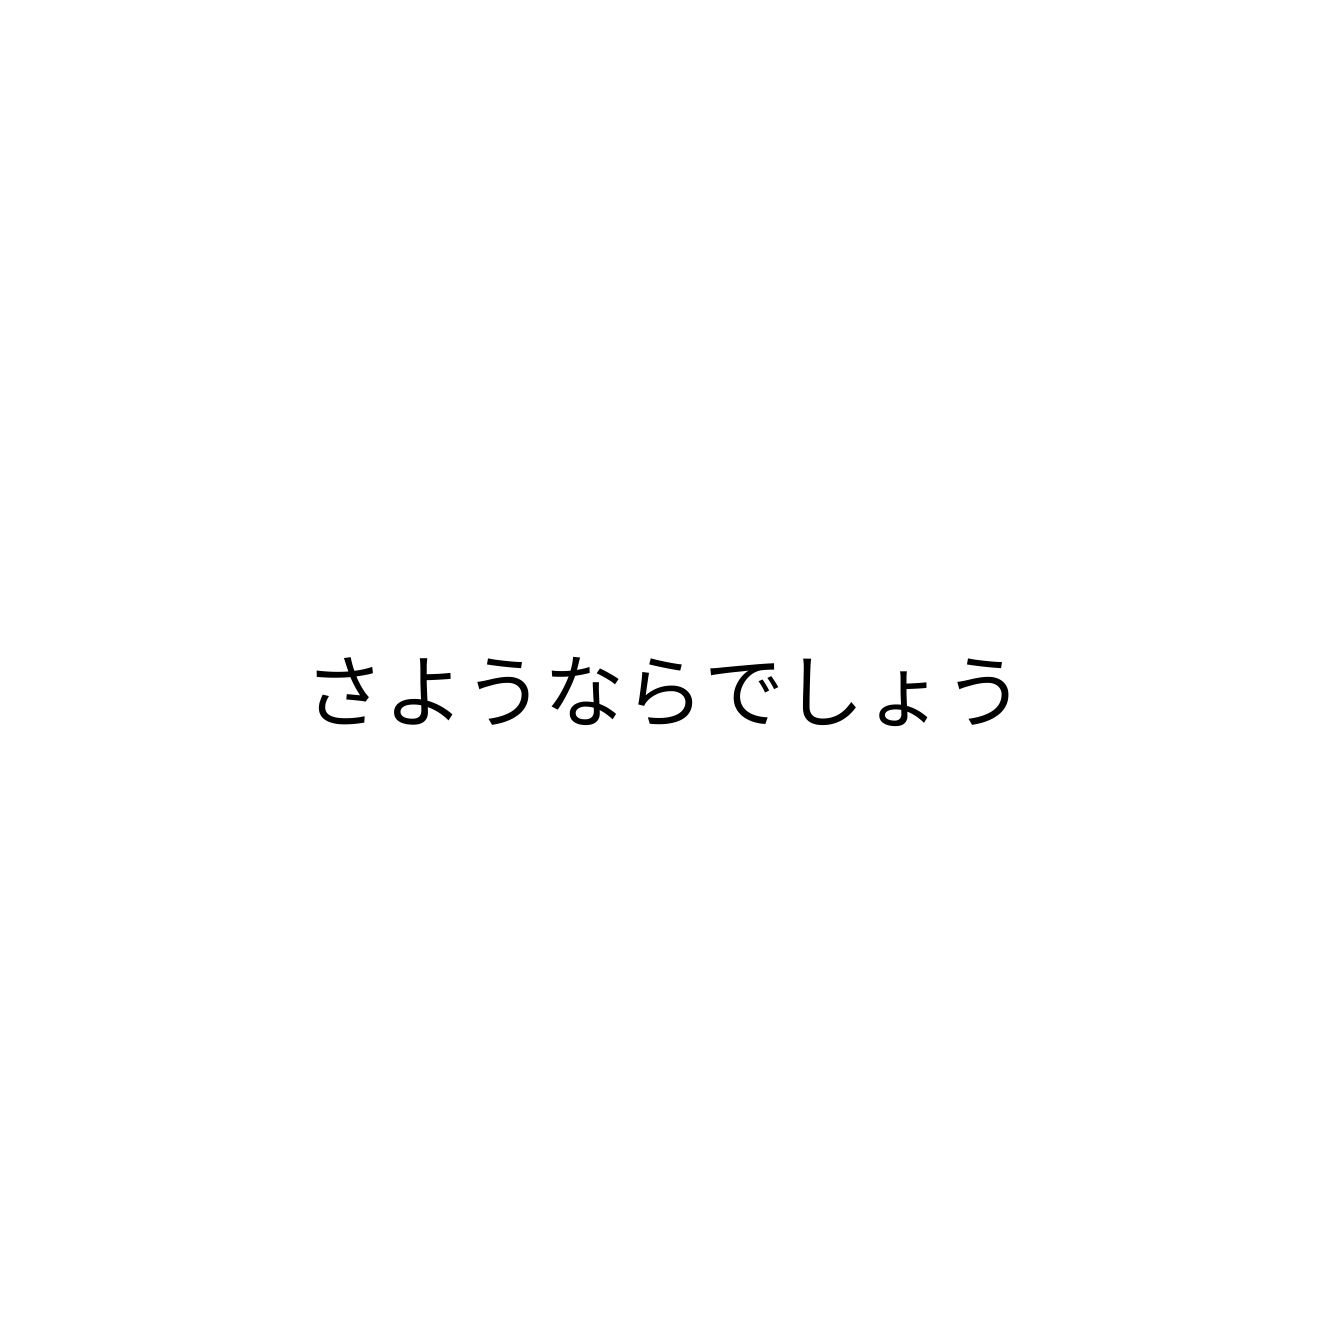
さようならでしょう